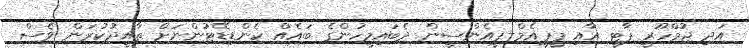
އަދި ޖުމްހޫރީ ޕާޓީ އާއި ޕީޕީއެމް-ޕީއެންސީން ދެބައިމީހުންގެ ބައެއް ކެންޑިޑޭޓުންނަށް ތާއީދުކުރަން ވެސް